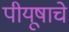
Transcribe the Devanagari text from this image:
पीयूषाचे